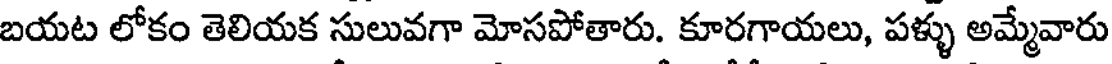
బయట లోకం తెలియక సులువగా మోసపోతారు. కూరగాయలు, పళ్ళు అమ్మేవారు